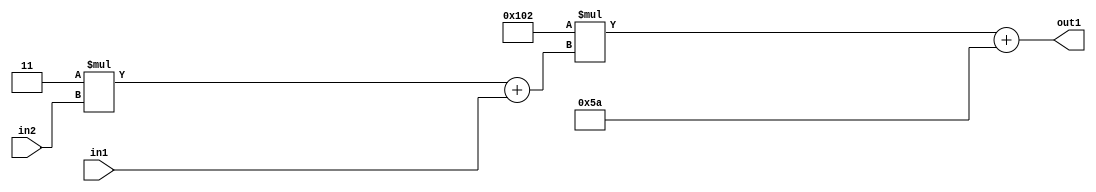
`timescale 1ps / 1ps
/*****************************************************************************
    Verilog RTL Description
    
    
    Created by: Stratus DpOpt 2019.1.01 
*******************************************************************************/

module DC_Filter_Add2i90Mul2i258Add2u1Mul2i3u2_1 (
	in2,
	in1,
	out1
	); /* architecture "behavioural" */ 
input [1:0] in2;
input  in1;
output [11:0] out1;
wire [11:0] asc001;
wire [3:0] asc002;

wire [3:0] asc002_tmp_0;
assign asc002_tmp_0 = 
	+(4'B0011 * in2);
assign asc002 = asc002_tmp_0
	+(in1);

wire [11:0] asc001_tmp_1;
assign asc001_tmp_1 = 
	+(12'B000100000010 * asc002);
assign asc001 = asc001_tmp_1
	+(12'B000001011010);

assign out1 = asc001;
endmodule

/* CADENCE  v7b4SAk= : u9/ySgnWtBlWxVPRXgAZ4Og= ** DO NOT EDIT THIS LINE ******/